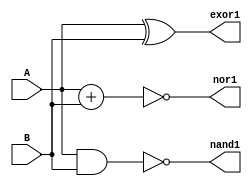
module NAND_NOR_EXOR (output nand1,nor1,exor1, input A, B);
    assign nand1 = ~(A & B);
    assign nor1 = ~(A+B);
    assign exor1 = A ^ B;
endmodule

module NAND_NOR_EXOR_tb;
    reg A, B;
    wire nand1,nor1,exor1;
    NAND_NOR_EXOR Indtance (nand1,nor1,exor1, A, B);
    initial begin
        $dumpfile("dump.vcd");
        $dumpvars();
            A = 1'b0; B = 1'b0;
        #1 A = 1'b0; B = 1'b1;
        #1 A = 1'b1; B = 1'b0;
        #1 A = 1'b1; B = 1'b1;
        #1 $finish;
    end
endmodule